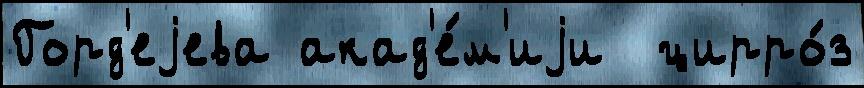
Горд'еjева акад'е́м'иjи  цирро́з